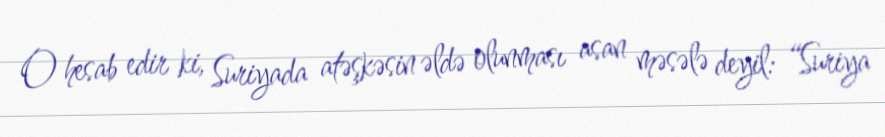
O hesab edir ki, Suriyada atəşkəsin əldə olunması asan məsələ deyil: “Suriya